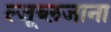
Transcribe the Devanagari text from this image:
ल्जूब्लजाना